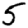
Digit: 5